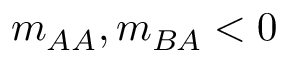
m _ { A A } , m _ { B A } < 0